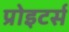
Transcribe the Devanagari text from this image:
प्रोइटर्स